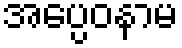
အပ္ပေဝနာမ